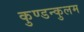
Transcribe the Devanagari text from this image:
कुण्डन्कुलम